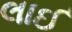
લાઈ